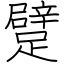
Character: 躄